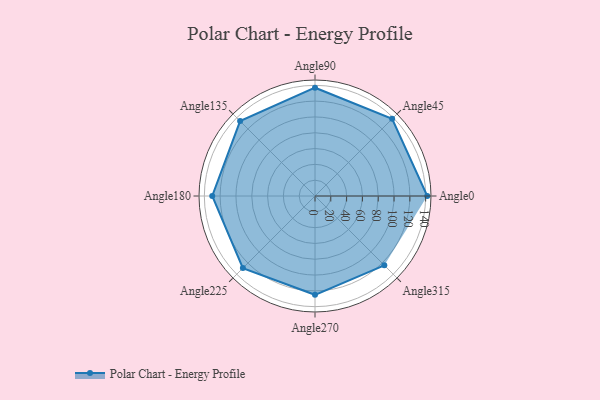
{"axis": {"x": "Angle", "y": "Radius"}, "legend": [""], "data": [{"x": "Angle0", "y": 142.0, "type": ""}, {"x": "Angle45", "y": 138.0, "type": ""}, {"x": "Angle90", "y": 137.0, "type": ""}, {"x": "Angle135", "y": 134.0, "type": ""}, {"x": "Angle180", "y": 130.0, "type": ""}, {"x": "Angle225", "y": 129.0, "type": ""}, {"x": "Angle270", "y": 125.0, "type": ""}, {"x": "Angle315", "y": 124.0, "type": ""}]}